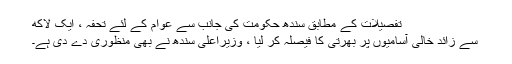
تفصیلات کے مطابق سندھ حکومت کی جانب سے عوام کے لئے تحفہ ، ایک لاکھ
سے زائد خالی آسامیوں پر بھرتی کا فیصلہ کر لیا ، وزیراعلی سندھ نے بھی منظوری دے دی ہے۔